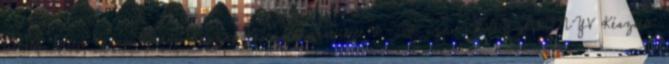
ülésen. Beled Városi Önkormányzat Képviselő-testülete 8 2011. szám JEGYZŐKÖNYV Készült: